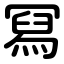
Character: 冩